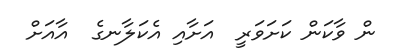
ން ވާކަން ކަށަވަރީ  އަށާއި އެކަލާނގެ  އާއަށް